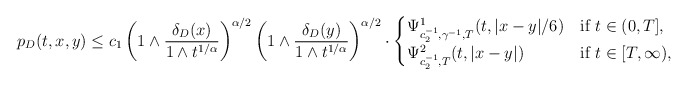
\begin{align*}p_D(t, x, y)\le c_1 \left(1\wedge \frac{\delta_D(x)}{1\wedge t^{1/\alpha}}\right)^{\alpha/2}\left(1\wedge \frac{\delta_D(y)}{1\wedge t^{1/\alpha}}\right)^{\alpha/2}\cdot\begin{cases}\Psi^1_{c_2^{-1},\gamma^{-1}, T}(t, |x-y|/6)&\hbox{if } t\in(0,T],\\\Psi^2_{c_2^{-1}, T}(t, |x-y|)&\hbox{if } t\in[T,\infty),\end{cases}\end{align*}